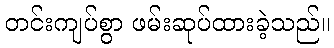
တင်းကျပ်စွာ ဖမ်းဆုပ်ထားခဲ့သည်။